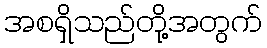
အစရှိသည်တို့အတွက်